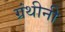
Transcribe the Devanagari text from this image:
ग्रंथीनी